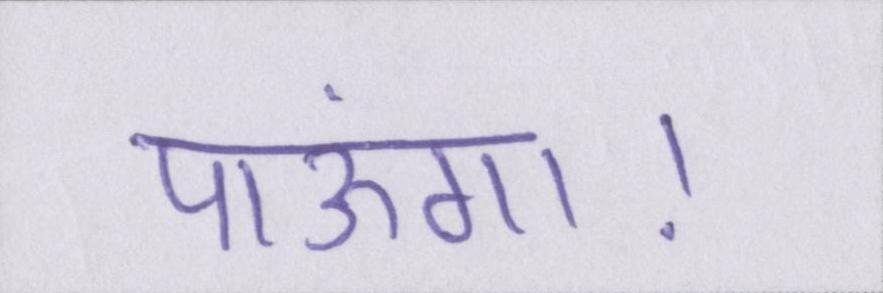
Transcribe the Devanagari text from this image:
पाऊंगा।